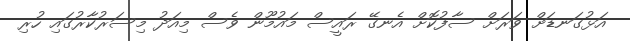
އަޅުގަނޑަށް ވަރަށް ސާފުކޮށް އެނގޭ ރައީސް މައުމޫން ވެސް މިއަދު މިސަރުކާރުގައި ހުރި